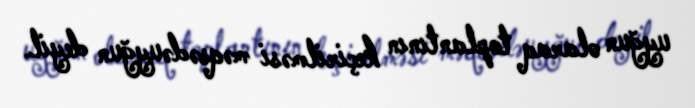
uyğun olaraq toplantının keçirilməsi məqsədəuyğun deyil.